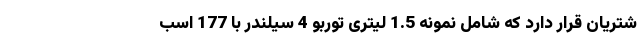
شتریان قرار دارد که شامل نمونه 1.5 لیتری توربو 4 سیلندر با 177 اسب